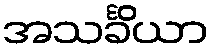
အသင်္ခိယာ